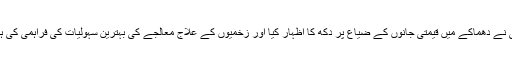
وزیراعلیٰ نے دھماکے میں قیمتی جانوں کے ضیاع پر دکھ کا اظہار کیا اور زخمیوں کے علاج معالجے کی بہترین سہولیات کی فراہمی کی ہدایت کی۔